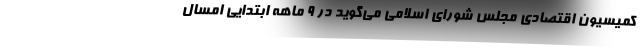
کمیسیون اقتصادی مجلس شورای اسلامی می‌گوید در ۹ ماهه ابتدایی امسال